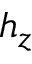
h _ { z }